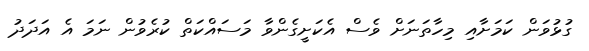
ގުޅުވަން ކަމަށާއި މިހާތަނަށް ވެސް އެކަށީގެންވާ މަސައްކަތް ކުރެވުން ނަމަ އެ އަދަދު